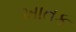
ખાતક